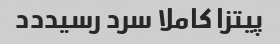
پیتزا کاملا سرد رسیددد